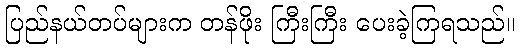
ပြည်နယ်တပ်များက တန်ဖိုး ကြီးကြီး ပေးခဲ့ကြရသည်။